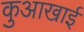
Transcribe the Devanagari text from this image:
कुआखाई